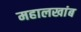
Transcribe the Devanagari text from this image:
महालखांब